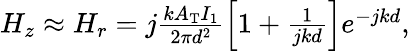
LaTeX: \begin{array}{r}{H_{z}\approx H_{r}=j\frac{kA_{\mathrm{T}}I_{1}}{2\pi d^{2}}\left[1+\frac{1}{jkd}\right]e^{-jkd},}\end{array}